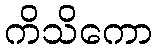
ကိသိကော